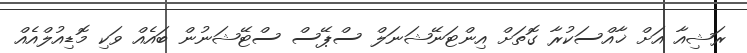
ރަޝިއާ އަށް ޚާއްސަކުރާ ގޮތަށް އިންޓަނޭޝަނަލް ސްޕޭސް ސްޓޭޝަނުން ބައެއް ވަކި މޮޑިއުލްއެއް